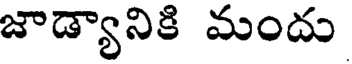
జాడ్యానికి మందు